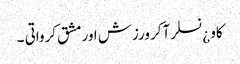
کاو ¿نسلر آکر ورزش اورمشق کرواتی ۔